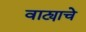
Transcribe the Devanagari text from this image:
वाट्याचे